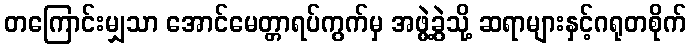
တကြောင်းမျှသာ အောင်မေတ္တာရပ်ကွက်မှ အဖွဲ့ခွဲသို့ ဆရာများနှင့်ဂရုတစိုက်